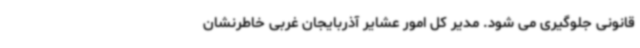
قانونی جلوگیری می شود. مدیر کل امور عشایر آذربایجان غربی خاطرنشان